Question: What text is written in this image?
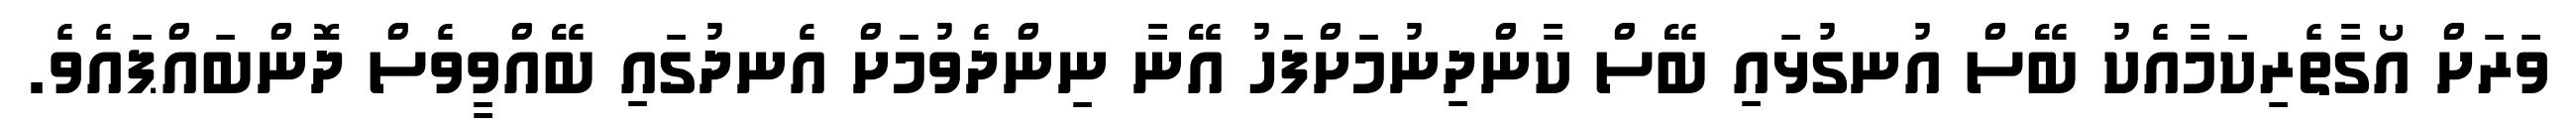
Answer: ވަރަށް އޯގާތެރިކަމާއެކު ބޭސް އުނގުޅައި ބޭސް ކާންދިނުމަށްފަހު އޭނާ ނިންދެވުމަށް އެނދުގައި ބޭއްވީވެސް ދޮންބައްޕައެވެ.